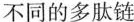
不同的多肽链